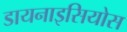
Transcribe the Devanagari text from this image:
डायनाइसियोस